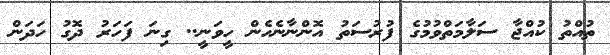
ތުއްތު ކުއްޖާ ސަލާމަތްވުމުގެ ފުރުސަތު އޮންނާނެހެން ހީވަނީ.. ގިނަ ފަހަރު ދޮގު ހަދަން